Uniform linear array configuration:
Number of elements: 8
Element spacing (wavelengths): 0.75
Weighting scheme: hamming
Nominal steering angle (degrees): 60
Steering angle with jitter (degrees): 60.095
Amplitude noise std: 0.05
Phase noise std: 0.05

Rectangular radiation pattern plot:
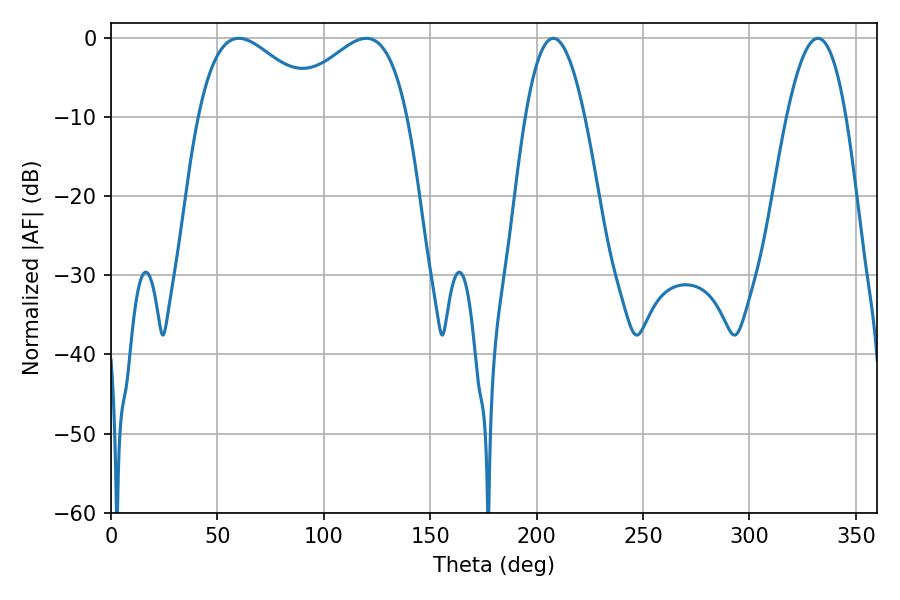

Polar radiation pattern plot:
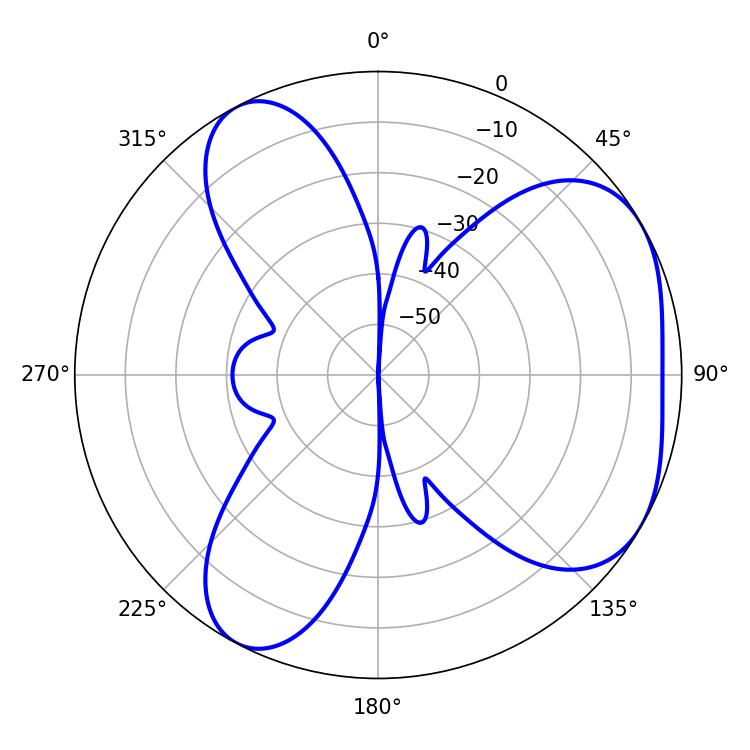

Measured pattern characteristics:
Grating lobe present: TRUE
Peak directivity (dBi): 4.503
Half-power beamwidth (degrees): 31.5
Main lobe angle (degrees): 60.12